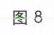
图8